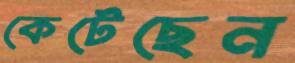
কেটেছেন